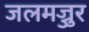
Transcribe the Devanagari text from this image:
जलमज्जुर